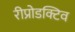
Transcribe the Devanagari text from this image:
रीप्रोडक्टिव